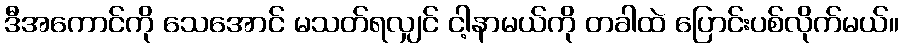
ဒီအကောင်ကို သေအောင် မသတ်ရလျှင် ငါ့နာမယ်ကို တခါထဲ ပြောင်းပစ်လိုက်မယ်။